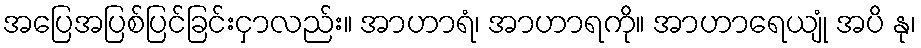
အပြေအပြစ်ပြင်ခြင်းငှာလည်း။ အာဟာရံ၊ အာဟာရကို။ အာဟာရေယျုံ အပိ နု၊